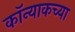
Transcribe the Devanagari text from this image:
कॉन्याकच्या